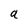
Character: a